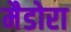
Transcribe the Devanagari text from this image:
मैडोरा